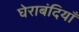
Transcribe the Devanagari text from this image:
घेराबंदियाँ